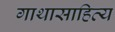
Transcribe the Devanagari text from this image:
गाथासाहित्य